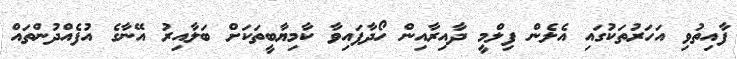
ފާއިތުވި އަހަރުތަކުގައި އެލެން ފިލްމީ ދާއިރާއިން ހޯދާފައިވާ ކާމިޔާބީތަކަށް ބަލާއިރު އޭނާގެ އުފެއްދުންތައް